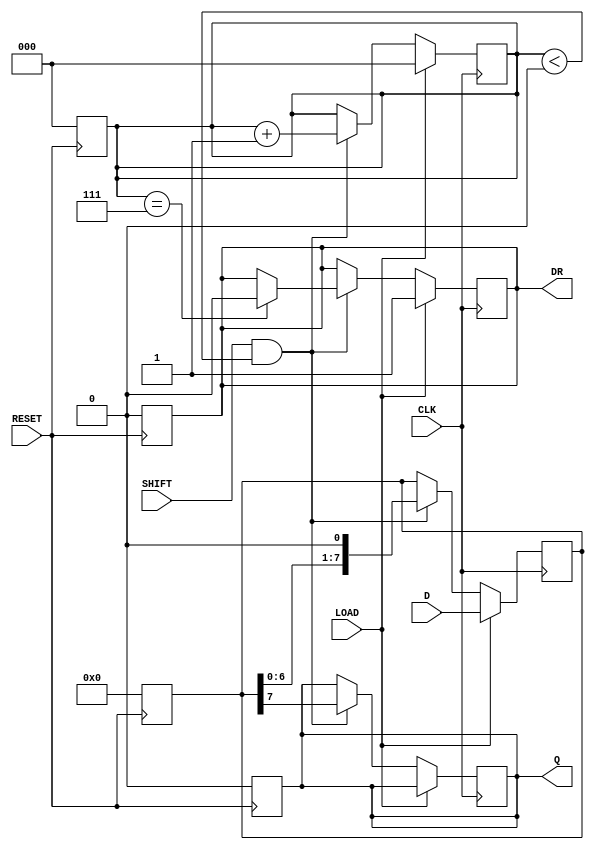
module PISO_Register (
    input  wire [7:0] D,      // 8-bit data input
    input  wire LOAD,         // Load control signal
    input  wire SHIFT,        // Shift control signal
    input  wire CLK,          // Clock signal
    input  wire RESET,        // Asynchronous reset
    output reg  Q,            // Serial output
    output reg  DR            // Data ready signal
);

reg [7:0] REG;               // 8-bit storage register
reg [2:0] bit_count;         // Counter to track number of bits shifted out

// Asynchronous reset
always @(posedge RESET) begin
    REG <= 8'b0;
    Q <= 1'b0;
    DR <= 1'b0;
    bit_count <= 3'b0;
end

// On clock edge
always @(posedge CLK) begin
    // Load Data when LOAD is asserted
    if (LOAD) begin
        REG <= D;          // Load data into the register
        bit_count <= 3'b0; // Reset bit count
        DR <= 1'b1;       // Indicate data is ready
    end
    // Shift Data when SHIFT is asserted
    else if (SHIFT && (bit_count < 3'd8)) begin
        Q <= REG[7];      // Output the MSB
        REG <= REG << 1;  // Shift left
        bit_count <= bit_count + 1; // Increment bit count
        // Set Data Ready signal if all bits have been shifted out
        if (bit_count == 3'd7) begin
            DR <= 1'b0;   // Clear data ready signal after all bits are shifted out
        end
    end
end

endmodule